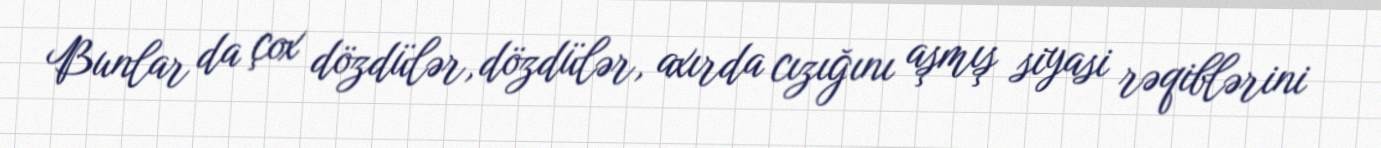
Bunlar da çox dözdülər, dözdülər, axırda cızığını aşmış siyasi rəqiblərini